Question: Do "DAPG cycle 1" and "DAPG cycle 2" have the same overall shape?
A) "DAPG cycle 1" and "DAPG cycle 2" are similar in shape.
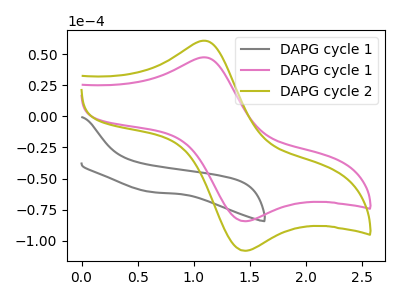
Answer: <think>The gray curve "DAPG cycle 1" has no peaks. The pink curve "DAPG cycle 1" has an anodic peak at (1.10V, 47.30uA) and a cathodic peak at (1.45V, -84.20uA). The olive curve "DAPG cycle 2" has an anodic peak at (1.10V, 60.65uA) and a cathodic peak at (1.45V, -107.90uA).
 All the peaks in "DAPG cycle 1" have a peak in "DAPG cycle 2" at the same potential. Every peak in "DAPG cycle 1" is lower than every peak in "DAPG cycle 2".</think>
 <answer>A) "DAPG cycle 1" and "DAPG cycle 2" are similar in shape.</answer>
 <eval>A</eval>